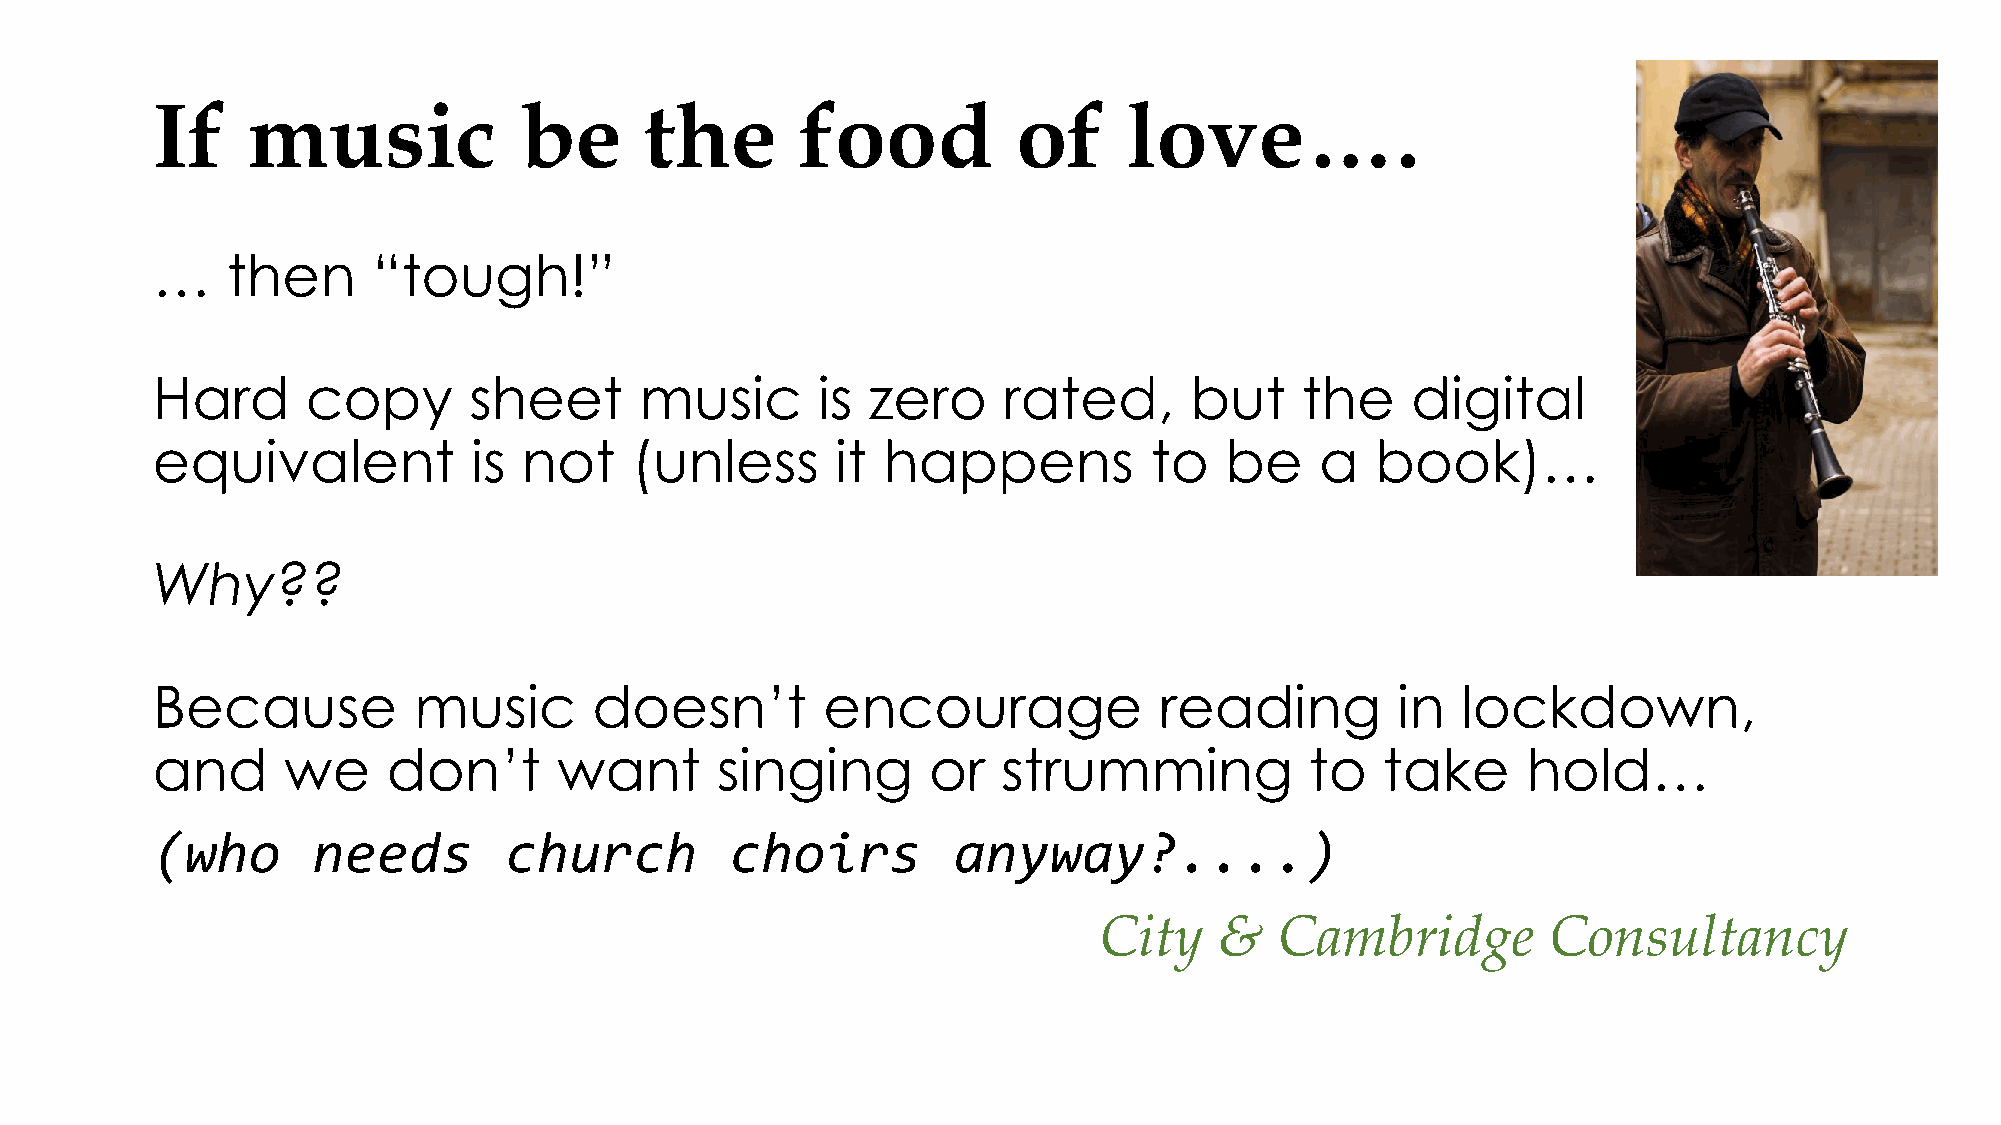
If    music             be       the       food          of      love….
 …    then      “tough!”
 Hard      copy       sheet      music       is zero     rated,       but    the    digital
 equivalent           is  not    (unless      it happens           to   be    a   book)…
 Why??
 Because          music       doesn’t        encourage              reading        in   lockdown,
 and      we     don’t      want      singing       or   strumming            to   take     hold…
 (who       needs       church         choirs         anyway?....)
 City    &   Cambridge        Consultancy